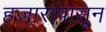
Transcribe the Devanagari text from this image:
हजारांपासून